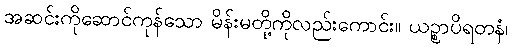
အဆင်းကိုဆောင်ကုန်သော မိန်းမတို့ကိုလည်းကောင်း။ ယဉ္စာပိရတနံ၊